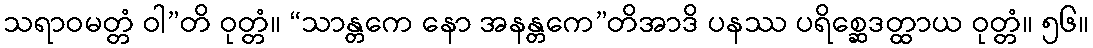
သရာဝမတ္တံ ဝါ”တိ ဝုတ္တံ။ “သာန္တကေ နော အနန္တကေ”တိအာဒိ ပနဿ ပရိစ္ဆေဒတ္ထာယ ဝုတ္တံ။ ၅၆။